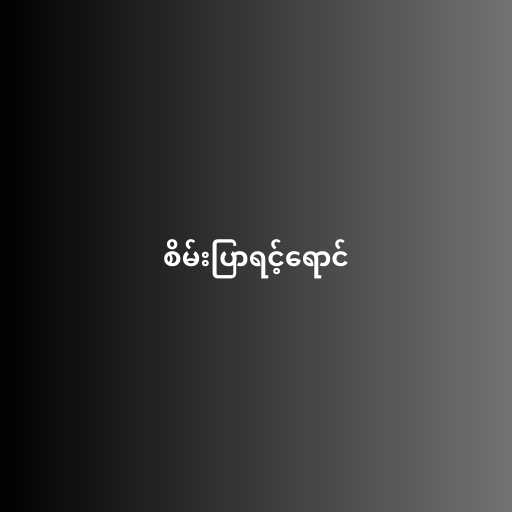
စိမ်းပြာရင့်ရောင်